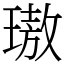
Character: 璈